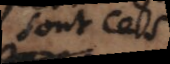
sont ces